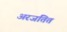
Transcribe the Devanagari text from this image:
अरजतित